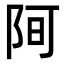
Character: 𮥀